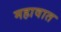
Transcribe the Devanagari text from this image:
महावात